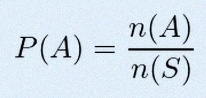
P(A)=\frac{n(A)}{n(S)}